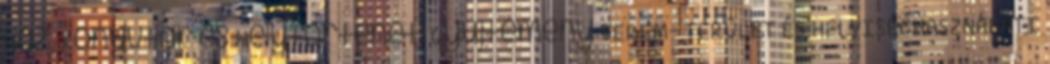
Ház, Könyvtár és Helytörténeti Gyűjtemény TEREM- TERÜLET ÉS HELYISÉGHASZNÁLATI